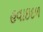
હવાઇદળ